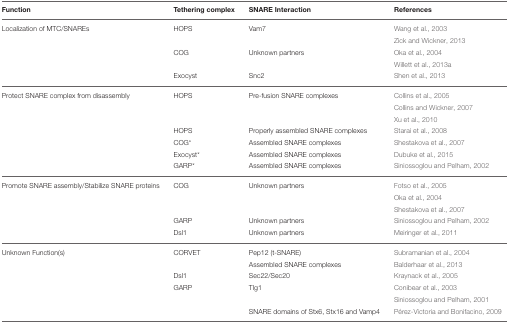
<table><thead><tr><td><b>Function</b></td><td><b>Tethering complex</b></td><td><b>SNARE Interaction</b></td><td><b>References</b></td></tr></thead><tbody><tr><td>Localization of MTC/SNAREs</td><td>HOPS</td><td>Vam7</td><td>Wang et al., 2003</td></tr><tr><td></td><td></td><td></td><td>Zick and Wickner, 2013</td></tr><tr><td></td><td>COG</td><td>Unknown partners</td><td>Oka et al., 2004</td></tr><tr><td></td><td></td><td></td><td>Willett et al., 2013a</td></tr><tr><td></td><td>Exocyst</td><td>Snc2</td><td>Shen et al., 2013</td></tr><tr><td>Protect SNARE complex from disassembly</td><td>HOPS</td><td>Pre-fusion SNARE complexes</td><td>Collins et al., 2005</td></tr><tr><td></td><td></td><td></td><td>Collins and Wickner, 2007</td></tr><tr><td></td><td></td><td></td><td>Xu et al., 2010</td></tr><tr><td></td><td>HOPS</td><td>Properly assembled SNARE complexes</td><td>Starai et al., 2008</td></tr><tr><td></td><td>COG<sup>*</sup></td><td>Assembled SNARE complexes</td><td>Shestakova et al., 2007</td></tr><tr><td></td><td>Exocyst<sup>*</sup></td><td>Assembled SNARE complexes</td><td>Dubuke et al., 2015</td></tr><tr><td></td><td>GARP<sup>*</sup></td><td>Assembled SNARE complexes</td><td>Siniossoglou and Pelham, 2002</td></tr><tr><td>Promote SNARE assembly/Stabilize SNARE proteins</td><td>COG</td><td>Unknown partners</td><td>Fotso et al., 2005</td></tr><tr><td></td><td></td><td></td><td>Oka et al., 2004</td></tr><tr><td></td><td></td><td></td><td>Shestakova et al., 2007</td></tr><tr><td></td><td>GARP</td><td>Unknown partners</td><td>Siniossoglou and Pelham, 2002</td></tr><tr><td></td><td>Dsl1</td><td>Unknown partners</td><td>Meiringer et al., 2011</td></tr><tr><td>Unknown Function(s)</td><td>CORVET</td><td>Pep12 (t-SNARE)</td><td>Subramanian et al., 2004</td></tr><tr><td></td><td></td><td>Assembled SNARE complexes</td><td>Balderhaar et al., 2013</td></tr><tr><td></td><td>Dsl1</td><td>Sec22/Sec20</td><td>Kraynack et al., 2005</td></tr><tr><td></td><td>GARP</td><td>Tlg1</td><td>Conibear et al., 2003</td></tr><tr><td></td><td></td><td></td><td>Siniossoglou and Pelham, 2001</td></tr><tr><td></td><td></td><td>SNARE domains of Stx6, Stx16 and Vamp4</td><td>Pérez-Victoria and Bonifacino, 2009</td></tr></tbody></table>